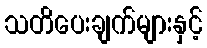
သတိပေးချက်များနှင့်